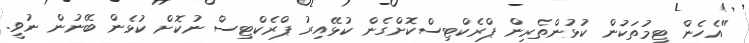
"އެހެން ޓީމުތަކުން ކުޅުންތެރިން ޕްރެކްޓިސްކޮށްގެން ކުޅޭއިރު ޕްރެކްޓިސް ނުކޮށް ކުޅެން ބޭނުން ނުވީ.